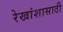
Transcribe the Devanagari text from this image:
रेखांशासाठी